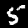
Digit: 5